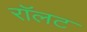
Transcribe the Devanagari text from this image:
रॉलट